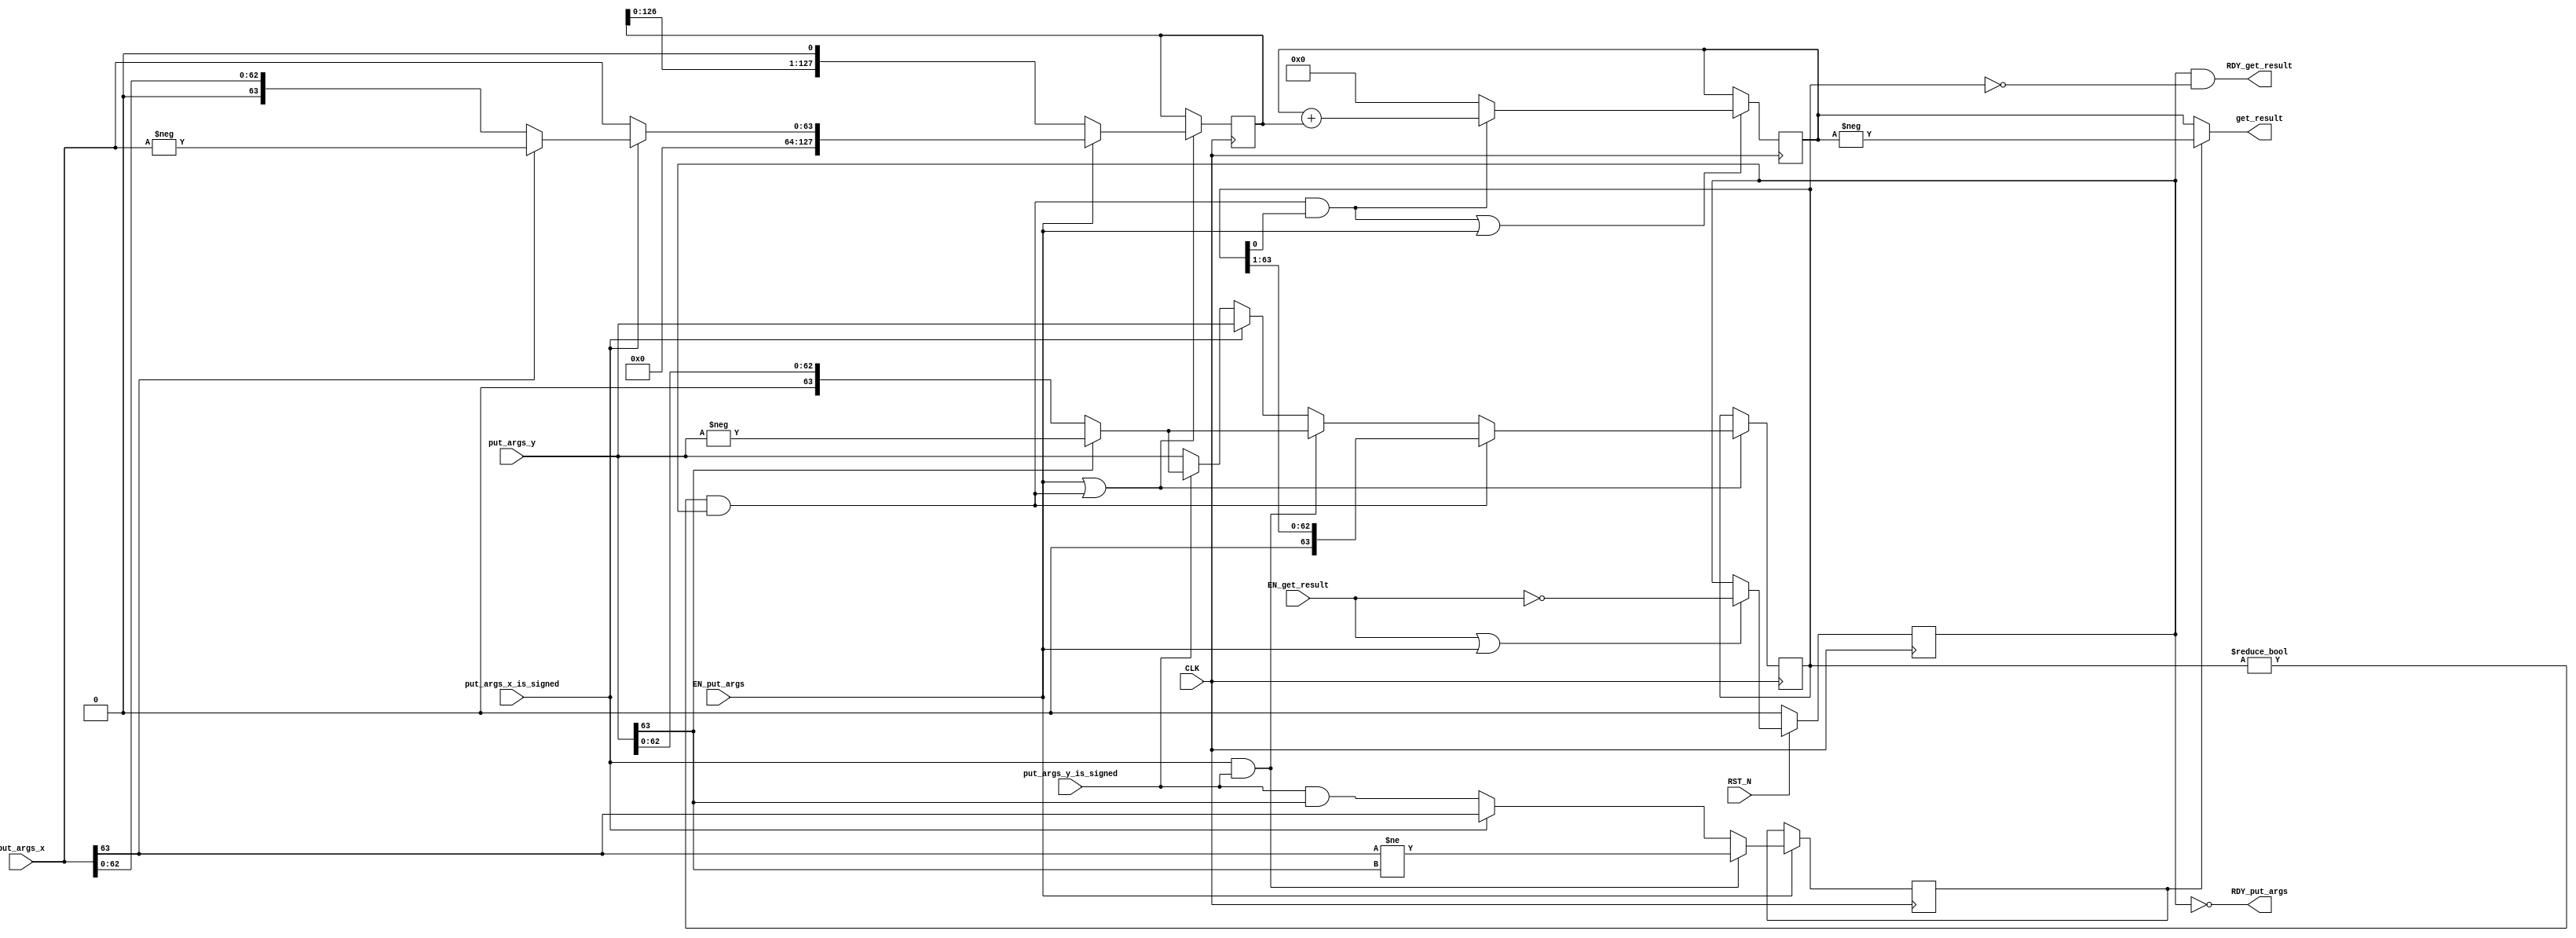
//
// Generated by Bluespec Compiler, version 2016.03.beta1 (build 34761, 2016-03-16)
//
// On Sat Jul  9 18:53:30 EDT 2016
//
//
// Ports:
// Name                         I/O  size props
// RDY_put_args                   O     1
// get_result                     O   128
// RDY_get_result                 O     1
// CLK                            I     1 clock
// RST_N                          I     1 reset
// put_args_x_is_signed           I     1
// put_args_x                     I    64
// put_args_y_is_signed           I     1
// put_args_y                     I    64
// EN_put_args                    I     1
// EN_get_result                  I     1
//
// No combinational paths from inputs to outputs
//
//

`ifdef BSV_ASSIGNMENT_DELAY
`else
  `define BSV_ASSIGNMENT_DELAY
`endif

`ifdef BSV_POSITIVE_RESET
  `define BSV_RESET_VALUE 1'b1
  `define BSV_RESET_EDGE posedge
`else
  `define BSV_RESET_VALUE 1'b0
  `define BSV_RESET_EDGE negedge
`endif

module mkIntMul_64(CLK,
		   RST_N,

		   put_args_x_is_signed,
		   put_args_x,
		   put_args_y_is_signed,
		   put_args_y,
		   EN_put_args,
		   RDY_put_args,

		   EN_get_result,
		   get_result,
		   RDY_get_result);
  input  CLK;
  input  RST_N;

  // action method put_args
  input  put_args_x_is_signed;
  input  [63 : 0] put_args_x;
  input  put_args_y_is_signed;
  input  [63 : 0] put_args_y;
  input  EN_put_args;
  output RDY_put_args;

  // actionvalue method get_result
  input  EN_get_result;
  output [127 : 0] get_result;
  output RDY_get_result;

  // signals for module outputs
  wire [127 : 0] get_result;
  wire RDY_get_result, RDY_put_args;

  // register m_rg_busy
  reg m_rg_busy;
  wire m_rg_busy$D_IN, m_rg_busy$EN;

  // register m_rg_isNeg
  reg m_rg_isNeg;
  wire m_rg_isNeg$D_IN, m_rg_isNeg$EN;

  // register m_rg_signed
  reg m_rg_signed;
  wire m_rg_signed$D_IN, m_rg_signed$EN;

  // register m_rg_x
  reg [127 : 0] m_rg_x;
  wire [127 : 0] m_rg_x$D_IN;
  wire m_rg_x$EN;

  // register m_rg_xy
  reg [127 : 0] m_rg_xy;
  wire [127 : 0] m_rg_xy$D_IN;
  wire m_rg_xy$EN;

  // register m_rg_y
  reg [63 : 0] m_rg_y;
  wire [63 : 0] m_rg_y$D_IN;
  wire m_rg_y$EN;

  // rule scheduling signals
  wire CAN_FIRE_RL_m_compute,
       CAN_FIRE_get_result,
       CAN_FIRE_put_args,
       WILL_FIRE_RL_m_compute,
       WILL_FIRE_get_result,
       WILL_FIRE_put_args;

  // inputs to muxes for submodule ports
  wire [127 : 0] MUX_m_rg_x$write_1__VAL_1,
		 MUX_m_rg_x$write_1__VAL_2,
		 MUX_m_rg_xy$write_1__VAL_1;
  wire [63 : 0] MUX_m_rg_y$write_1__VAL_1, MUX_m_rg_y$write_1__VAL_2;
  wire MUX_m_rg_xy$write_1__SEL_1;

  // remaining internal signals
  wire [127 : 0] xy___1__h666;
  wire [63 : 0] _theResult___fst__h479,
		_theResult___fst__h482,
		_theResult___fst__h524,
		_theResult___fst__h527,
		_theResult___snd_fst__h519;
  wire IF_put_args_x_is_signed_THEN_put_args_x_BIT_63_ETC___d29;

  // action method put_args
  assign RDY_put_args = !m_rg_busy ;
  assign CAN_FIRE_put_args = !m_rg_busy ;
  assign WILL_FIRE_put_args = EN_put_args ;

  // actionvalue method get_result
  assign get_result = m_rg_isNeg ? xy___1__h666 : m_rg_xy ;
  assign RDY_get_result = m_rg_busy && m_rg_y == 64'd0 ;
  assign CAN_FIRE_get_result = m_rg_busy && m_rg_y == 64'd0 ;
  assign WILL_FIRE_get_result = EN_get_result ;

  // rule RL_m_compute
  assign CAN_FIRE_RL_m_compute = m_rg_y != 64'd0 && m_rg_busy ;
  assign WILL_FIRE_RL_m_compute = CAN_FIRE_RL_m_compute ;

  // inputs to muxes for submodule ports
  assign MUX_m_rg_xy$write_1__SEL_1 = WILL_FIRE_RL_m_compute && m_rg_y[0] ;
  assign MUX_m_rg_x$write_1__VAL_1 = { 64'd0, _theResult___fst__h479 } ;
  assign MUX_m_rg_x$write_1__VAL_2 = { m_rg_x[126:0], 1'd0 } ;
  assign MUX_m_rg_xy$write_1__VAL_1 = m_rg_xy + m_rg_x ;
  assign MUX_m_rg_y$write_1__VAL_1 = { 1'd0, m_rg_y[63:1] } ;
  assign MUX_m_rg_y$write_1__VAL_2 =
	     (put_args_x_is_signed && put_args_y_is_signed) ?
	       _theResult___fst__h527 :
	       _theResult___snd_fst__h519 ;

  // register m_rg_busy
  assign m_rg_busy$D_IN = !EN_get_result ;
  assign m_rg_busy$EN = EN_get_result || EN_put_args ;

  // register m_rg_isNeg
  assign m_rg_isNeg$D_IN =
	     (put_args_x_is_signed && put_args_y_is_signed) ?
	       put_args_x[63] != put_args_y[63] :
	       IF_put_args_x_is_signed_THEN_put_args_x_BIT_63_ETC___d29 ;
  assign m_rg_isNeg$EN = EN_put_args ;

  // register m_rg_signed
  assign m_rg_signed$D_IN = 1'b0 ;
  assign m_rg_signed$EN = 1'b0 ;

  // register m_rg_x
  assign m_rg_x$D_IN =
	     EN_put_args ?
	       MUX_m_rg_x$write_1__VAL_1 :
	       MUX_m_rg_x$write_1__VAL_2 ;
  assign m_rg_x$EN = EN_put_args || WILL_FIRE_RL_m_compute ;

  // register m_rg_xy
  assign m_rg_xy$D_IN =
	     MUX_m_rg_xy$write_1__SEL_1 ?
	       MUX_m_rg_xy$write_1__VAL_1 :
	       128'd0 ;
  assign m_rg_xy$EN = WILL_FIRE_RL_m_compute && m_rg_y[0] || EN_put_args ;

  // register m_rg_y
  assign m_rg_y$D_IN =
	     WILL_FIRE_RL_m_compute ?
	       MUX_m_rg_y$write_1__VAL_1 :
	       MUX_m_rg_y$write_1__VAL_2 ;
  assign m_rg_y$EN = WILL_FIRE_RL_m_compute || EN_put_args ;

  // remaining internal signals
  assign IF_put_args_x_is_signed_THEN_put_args_x_BIT_63_ETC___d29 =
	     put_args_x_is_signed ?
	       put_args_x[63] :
	       put_args_y_is_signed && put_args_y[63] ;
  assign _theResult___fst__h479 =
	     put_args_x_is_signed ? _theResult___fst__h482 : put_args_x ;
  assign _theResult___fst__h482 = put_args_x[63] ? -put_args_x : put_args_x ;
  assign _theResult___fst__h524 =
	     put_args_y_is_signed ? _theResult___fst__h527 : put_args_y ;
  assign _theResult___fst__h527 = put_args_y[63] ? -put_args_y : put_args_y ;
  assign _theResult___snd_fst__h519 =
	     put_args_x_is_signed ? put_args_y : _theResult___fst__h524 ;
  assign xy___1__h666 = -m_rg_xy ;

  // handling of inlined registers

  always@(posedge CLK)
  begin
    if (RST_N == `BSV_RESET_VALUE)
      begin
        m_rg_busy <= `BSV_ASSIGNMENT_DELAY 1'd0;
      end
    else
      begin
        if (m_rg_busy$EN) m_rg_busy <= `BSV_ASSIGNMENT_DELAY m_rg_busy$D_IN;
      end
    if (m_rg_isNeg$EN) m_rg_isNeg <= `BSV_ASSIGNMENT_DELAY m_rg_isNeg$D_IN;
    if (m_rg_signed$EN) m_rg_signed <= `BSV_ASSIGNMENT_DELAY m_rg_signed$D_IN;
    if (m_rg_x$EN) m_rg_x <= `BSV_ASSIGNMENT_DELAY m_rg_x$D_IN;
    if (m_rg_xy$EN) m_rg_xy <= `BSV_ASSIGNMENT_DELAY m_rg_xy$D_IN;
    if (m_rg_y$EN) m_rg_y <= `BSV_ASSIGNMENT_DELAY m_rg_y$D_IN;
  end

  // synopsys translate_off
  `ifdef BSV_NO_INITIAL_BLOCKS
  `else // not BSV_NO_INITIAL_BLOCKS
  initial
  begin
    m_rg_busy = 1'h0;
    m_rg_isNeg = 1'h0;
    m_rg_signed = 1'h0;
    m_rg_x = 128'hAAAAAAAAAAAAAAAAAAAAAAAAAAAAAAAA;
    m_rg_xy = 128'hAAAAAAAAAAAAAAAAAAAAAAAAAAAAAAAA;
    m_rg_y = 64'hAAAAAAAAAAAAAAAA;
  end
  `endif // BSV_NO_INITIAL_BLOCKS
  // synopsys translate_on
endmodule  // mkIntMul_64